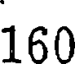
160